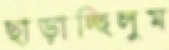
ছাড়াচ্ছিলুম